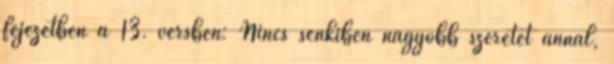
fejezetben a 13. versben: Nincs senkiben nagyobb szeretet annál,